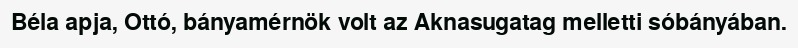
Béla apja, Ottó, bányamérnök volt az Aknasugatag melletti sóbányában.